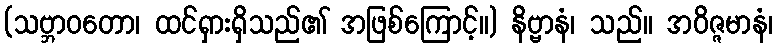
(သဗ္ဘာဝတော၊ ထင်ရှားရှိသည်၏ အဖြစ်ကြောင့်။) နိဗ္ဗာနံ၊ သည်။ အဝိဇ္ဇမာနံ၊